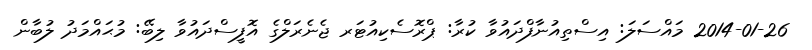
2014-01-26 މައްސަލަ: އިސްތިއުނާފްދައުވާ ކުރާ: ޕްރޮސެކިއުޓަރ ޖެނެރަލްގެ އޮފީސްދައުވާ ލިބޭ: މުޙައްމަދު ލުބާން